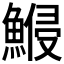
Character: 𱆷